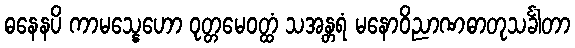
ဓနေနပိ ကာမသ္နေဟော ဝုတ္တမေဝတ္ထံ သအန္တရံ မနောဝိညာဏဓာတုသင်္ခါတာ